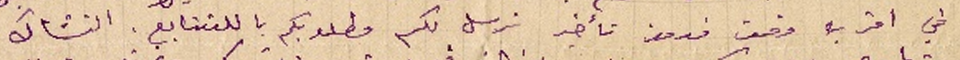
في اقرب وقت ودون تأخير نرسل لكم مطلوبكم بالتتابع. التشاك